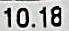
10.18